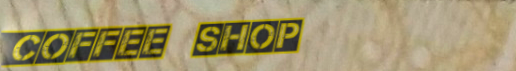
Coffee Shop